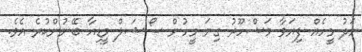
މަދު މީހެއް ފިޔަވާ މަޝްހޫރު ގިނަ މީހުން ސޯޝަލް މީޑިއާ ބޭނުންކުރެ އެވެ.